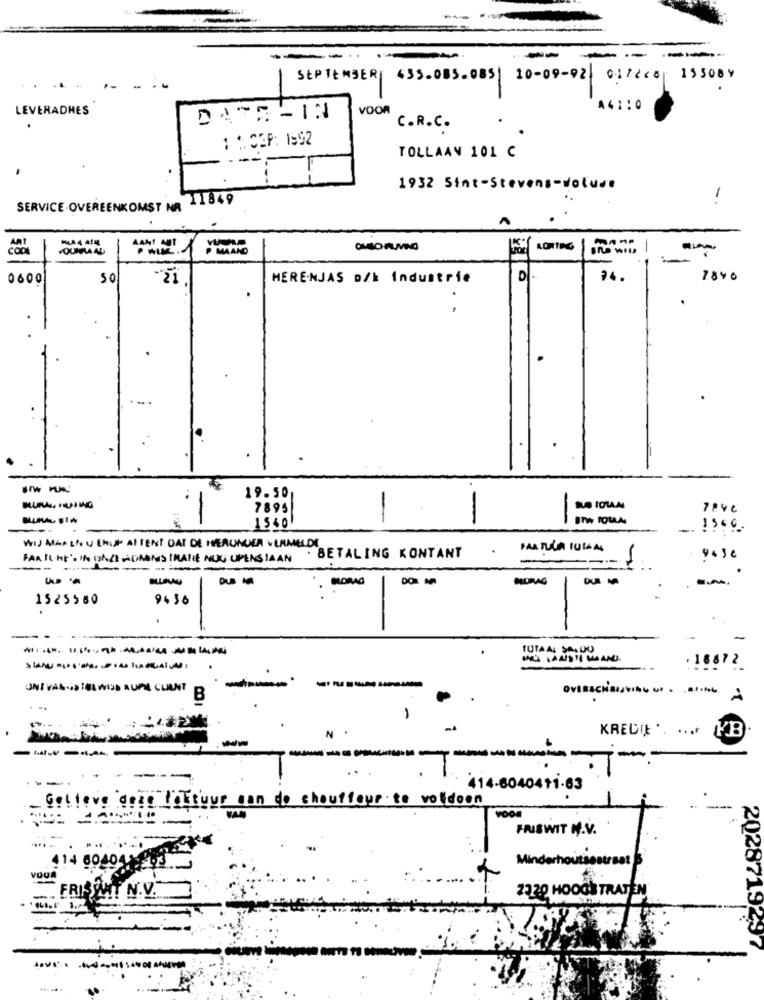
--
-
.-
----
SEPTEMBERT 435.085.085| 10-09-92
01/20 15508Y
LEVERADHES
VOOR
44110
DATE- IN
C.R.C.
: : CEP: 1992
TOLLAAN 101 C
1932 Sint-Stevens-voluve
SERVICE-OVEREENKOMST NR 11849
COOL
AANI NET
OMBO AUVINO
KORTING
In WIU
-
-
-
0600
50
21
HERE.NJAS D/k Industrie
76.
2840
.
.
..
19.50
7895
-
.-
-
1560
! ! ".
WIJ MAREN U CHISPATIENT DAI DE HERUNDER VERMELDE
PARTULIA TUGGA
FAR KL.HE'S IN HALE MORONS IRANIE NOG UPENSIAAN
.BETALING KONTANT
BORAG
MORAG
1525560
94 36
-
TOTAAL SALDO
. 16872
UNI VALIS TOL WOD AUPIRE CLIENT
-----
OVERE
B
...
-
KREDIE .. ...
YB
--
-
--
414-8040411-63
Gelieve dete factuur can do chauffour to volldoon
FRISWIT H.V.
414 604041-993
Min
VOU
FRISTHT N.V.
7320 HOOGSTRATEN
2028719297
-